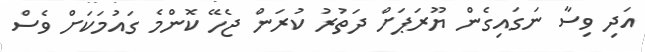
އަދި ވިސާ ނަގައިގެން ޔޫރަޕަށް ދަތުރު ކުރަން ޖެހޭ ކޮންމެ ގައުމަކަށް ވެސް